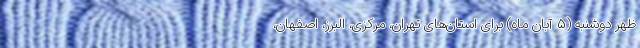
ظهر دوشنبه (۵ آبان ماه) برای استان‌های تهران، مرکزی، البرز، اصفهان،